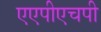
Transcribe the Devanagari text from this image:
एएपीएचपी